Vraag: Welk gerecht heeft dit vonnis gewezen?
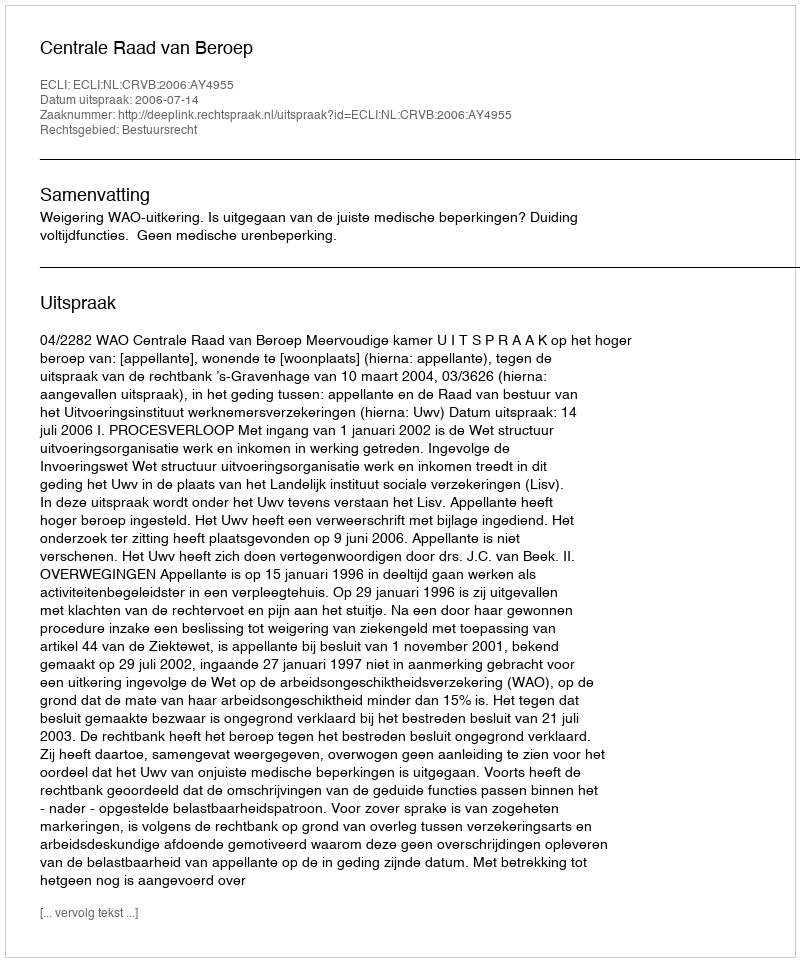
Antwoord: Centrale Raad van Beroep